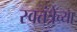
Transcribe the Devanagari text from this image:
स्वतंत्रेच्या